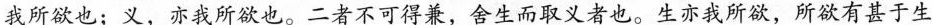
我所欲也；义，亦我所欲也。二者不可得兼，舍生而取义者也。生亦我所欲，所欲有甚于生